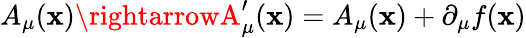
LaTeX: A_{\mu}(\mathbf{x})\rightarrowA_{\mu}^{\prime}(\mathbf{x})=A_{\mu}(\mathbf{x})+\partial_{\mu}f(\mathbf{x})